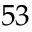
5 3